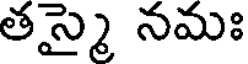
తస్మై నమః